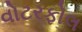
વોટરફોલ